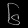
Digit: ၆